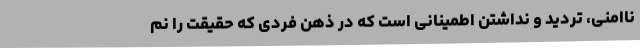
ناامنی، تردید و نداشتن اطمینانی است که در ذهن فردی که حقیقت را نم